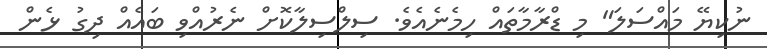
ނުކިޔޭ މައްސަލަ" މި ޑްރާމާތައް ހިމެނެއެވެ. ސިލްސިލާކޮށް ނެރުއްވި ބައެއް ދިގު ޅެން